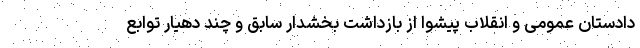
دادستان عمومی و انقلاب پیشوا از بازداشت بخشدار سابق و چند دهیار توابع